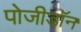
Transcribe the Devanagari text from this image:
पोजीडॉन